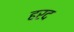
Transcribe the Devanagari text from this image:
हरद